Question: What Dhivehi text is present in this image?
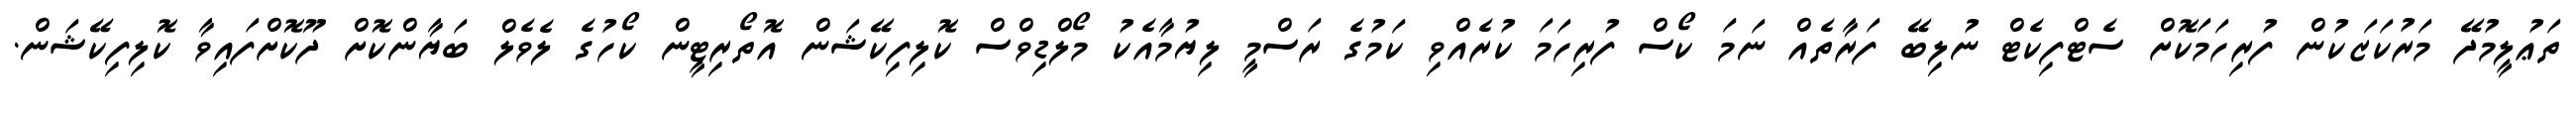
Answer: ތަޢުލީމުދޭ މަރުކަޒަކުން ފުރިހަމަކޮށް ސެޓްފިކެޓް ނުލިބޭ ފަރާތެއް ނަމަ ކޯސް ފުރިހަމަ ކުރެއްވި ކަމުގެ ރަސްމީ ލިޔުމާއެކު މޯލްޑިވްސް ކޮލިފިކޭޝަން އޮތޯރިޓީން ކޯހުގެ ލެވެލް ބަޔާންކޮށް ދޫކޮށްފައިވާ ކޮލިފިކޭޝަން.